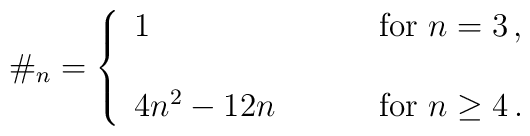
\#_{n}=\left\{\begin{array}{ll}1~~~~&\mbox{for}~n=3\,,\\{}&{}\\4n^{2}-12n~~~~~~~&\mbox{for}~n\geq 4\,.\end{array}\right.